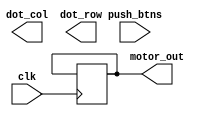
module ElevatorSimulator(clk,push_btns,motor_out,dot_col,dot_row);
	input clk;
	input [8:0] push_btns;
	output [3:0] motor_out;
	output [11:0] dot_col, dot_row;
	reg [3:0] motor_out;
	reg motor_count;
	reg motor_dir;
	reg motor_power;
	// About elevator control
	reg [8:0] ready_queue [2:0];
	reg [1:0] current;
	reg [1:0] direction;
	reg input_status;
	// Initialize variables
	initial
	begin
		// Motor
		motor_count = 0;
		motor_dir = 0;
		motor_power = 0;
		motor_out = 0;
		ready_queue[0] = 8'd1; // Located at 1st floor at first time
		ready_queue[1] = 8'd1; // Located at 1st floor at first time
		current = 0;
		direction = 0;
		input_status = 0;
	end
	// Push buttons
	always@(posedge push_btns[0])
	begin
		if(input_status == 0)
		begin
			input_status = 1;
		end
		else if(input_status == 1)
		begin
			input_status = 0;
		end
	end
	// Motor Control
	always@(posedge clk)
	begin
		if(motor_power == 0)
		begin
			if(motor_count == 30'd960000)
			begin
				case(motor_dir)
				1'b0: begin motor_out = 4'b1001; end
				1'b1: begin motor_out = 4'b0101; end
				endcase
				motor_count = 0;
			end
			else if(motor_count == 30'd240000)
			begin
				case(motor_dir)
				1'b0: begin motor_out = 4'b1010; end
				1'b1: begin motor_out = 4'b0110; end
				endcase
				motor_count = motor_count + 1;
			end
			else if(motor_count == 30'd480000)
			begin
				case(motor_dir)
				1'b0: begin motor_out = 4'b0110; end
				1'b1: begin motor_out = 4'b1010; end
				endcase
				motor_count = motor_count + 1;
			end
			else if(motor_count == 30'd720000)
			begin
				case(motor_dir)
				1'b0: begin motor_out = 4'b0101; end
				1'b1: begin motor_out = 4'b1001; end
				endcase
				motor_count = motor_count + 1;
			end
			else
			begin
				motor_count = motor_count + 1;
			end
		end
	end
	// Elevator Schduling Algorithm
	function schedule;
		input current;
		input destination;
	begin
		reg min = minimum((destination-current[0]),(destination-current[1]));
		// Check same direction
		// Check ready queue
	end
	endfunction
	// Get Ready Queue Status
	function get_ready_status;
		input elevator;
	begin
		reg ready_count = 0, i;
		for(i = 0; i < 10; i = i+1)
		begin
			if(ready_queue[elevator][i] == 1)
			begin
				ready_count = ready_count + 1;
			end
		end
	end
	endfunction
	// Get minimum
	function minimum;
		input a,b;
	begin
		minimum = (a<=b)?0:1;
	end
	endfunction
endmodule